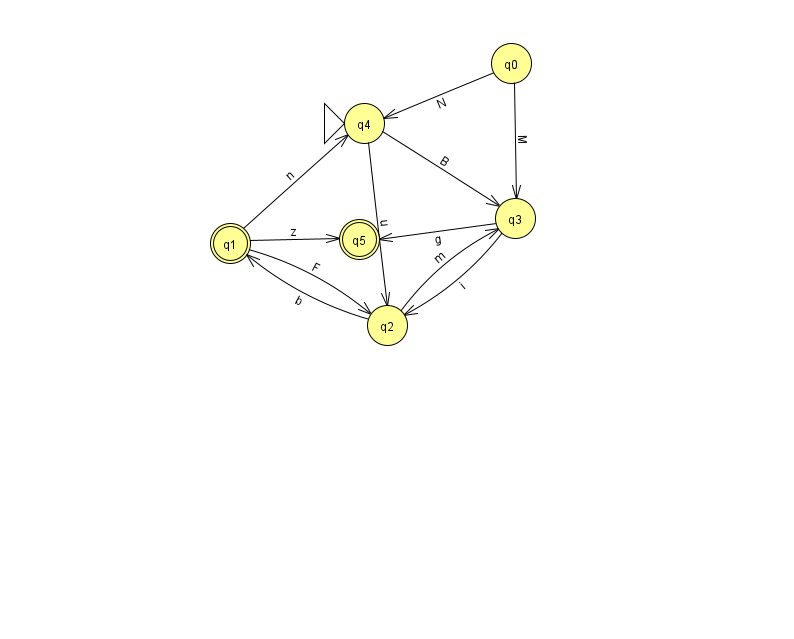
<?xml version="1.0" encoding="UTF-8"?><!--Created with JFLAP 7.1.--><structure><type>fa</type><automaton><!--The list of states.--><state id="0" name="q0"><x>511.0</x><y>50.0</y></state><state id="1" name="q1"><x>230.0</x><y>230.0</y><final/></state><state id="2" name="q2"><x>387.0</x><y>312.0</y></state><state id="3" name="q3"><x>515.0</x><y>205.0</y></state><state id="4" name="q4"><x>364.0</x><y>110.0</y><initial/></state><state id="5" name="q5"><x>359.0</x><y>226.0</y><final/></state><!--The list of transitions.--><transition><from>1</from><to>4</to><read>n</read></transition><transition><from>1</from><to>2</to><read>F</read></transition><transition><from>0</from><to>4</to><read>N</read></transition><transition><from>1</from><to>5</to><read>z</read></transition><transition><from>2</from><to>1</to><read>b</read></transition><transition><from>0</from><to>3</to><read>M</read></transition><transition><from>2</from><to>3</to><read>m</read></transition><transition><from>3</from><to>5</to><read>g</read></transition><transition><from>3</from><to>2</to><read>i</read></transition><transition><from>4</from><to>2</to><read>u</read></transition><transition><from>4</from><to>3</to><read>B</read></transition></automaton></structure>